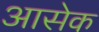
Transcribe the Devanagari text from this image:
आसेक